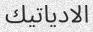
الادياتيك